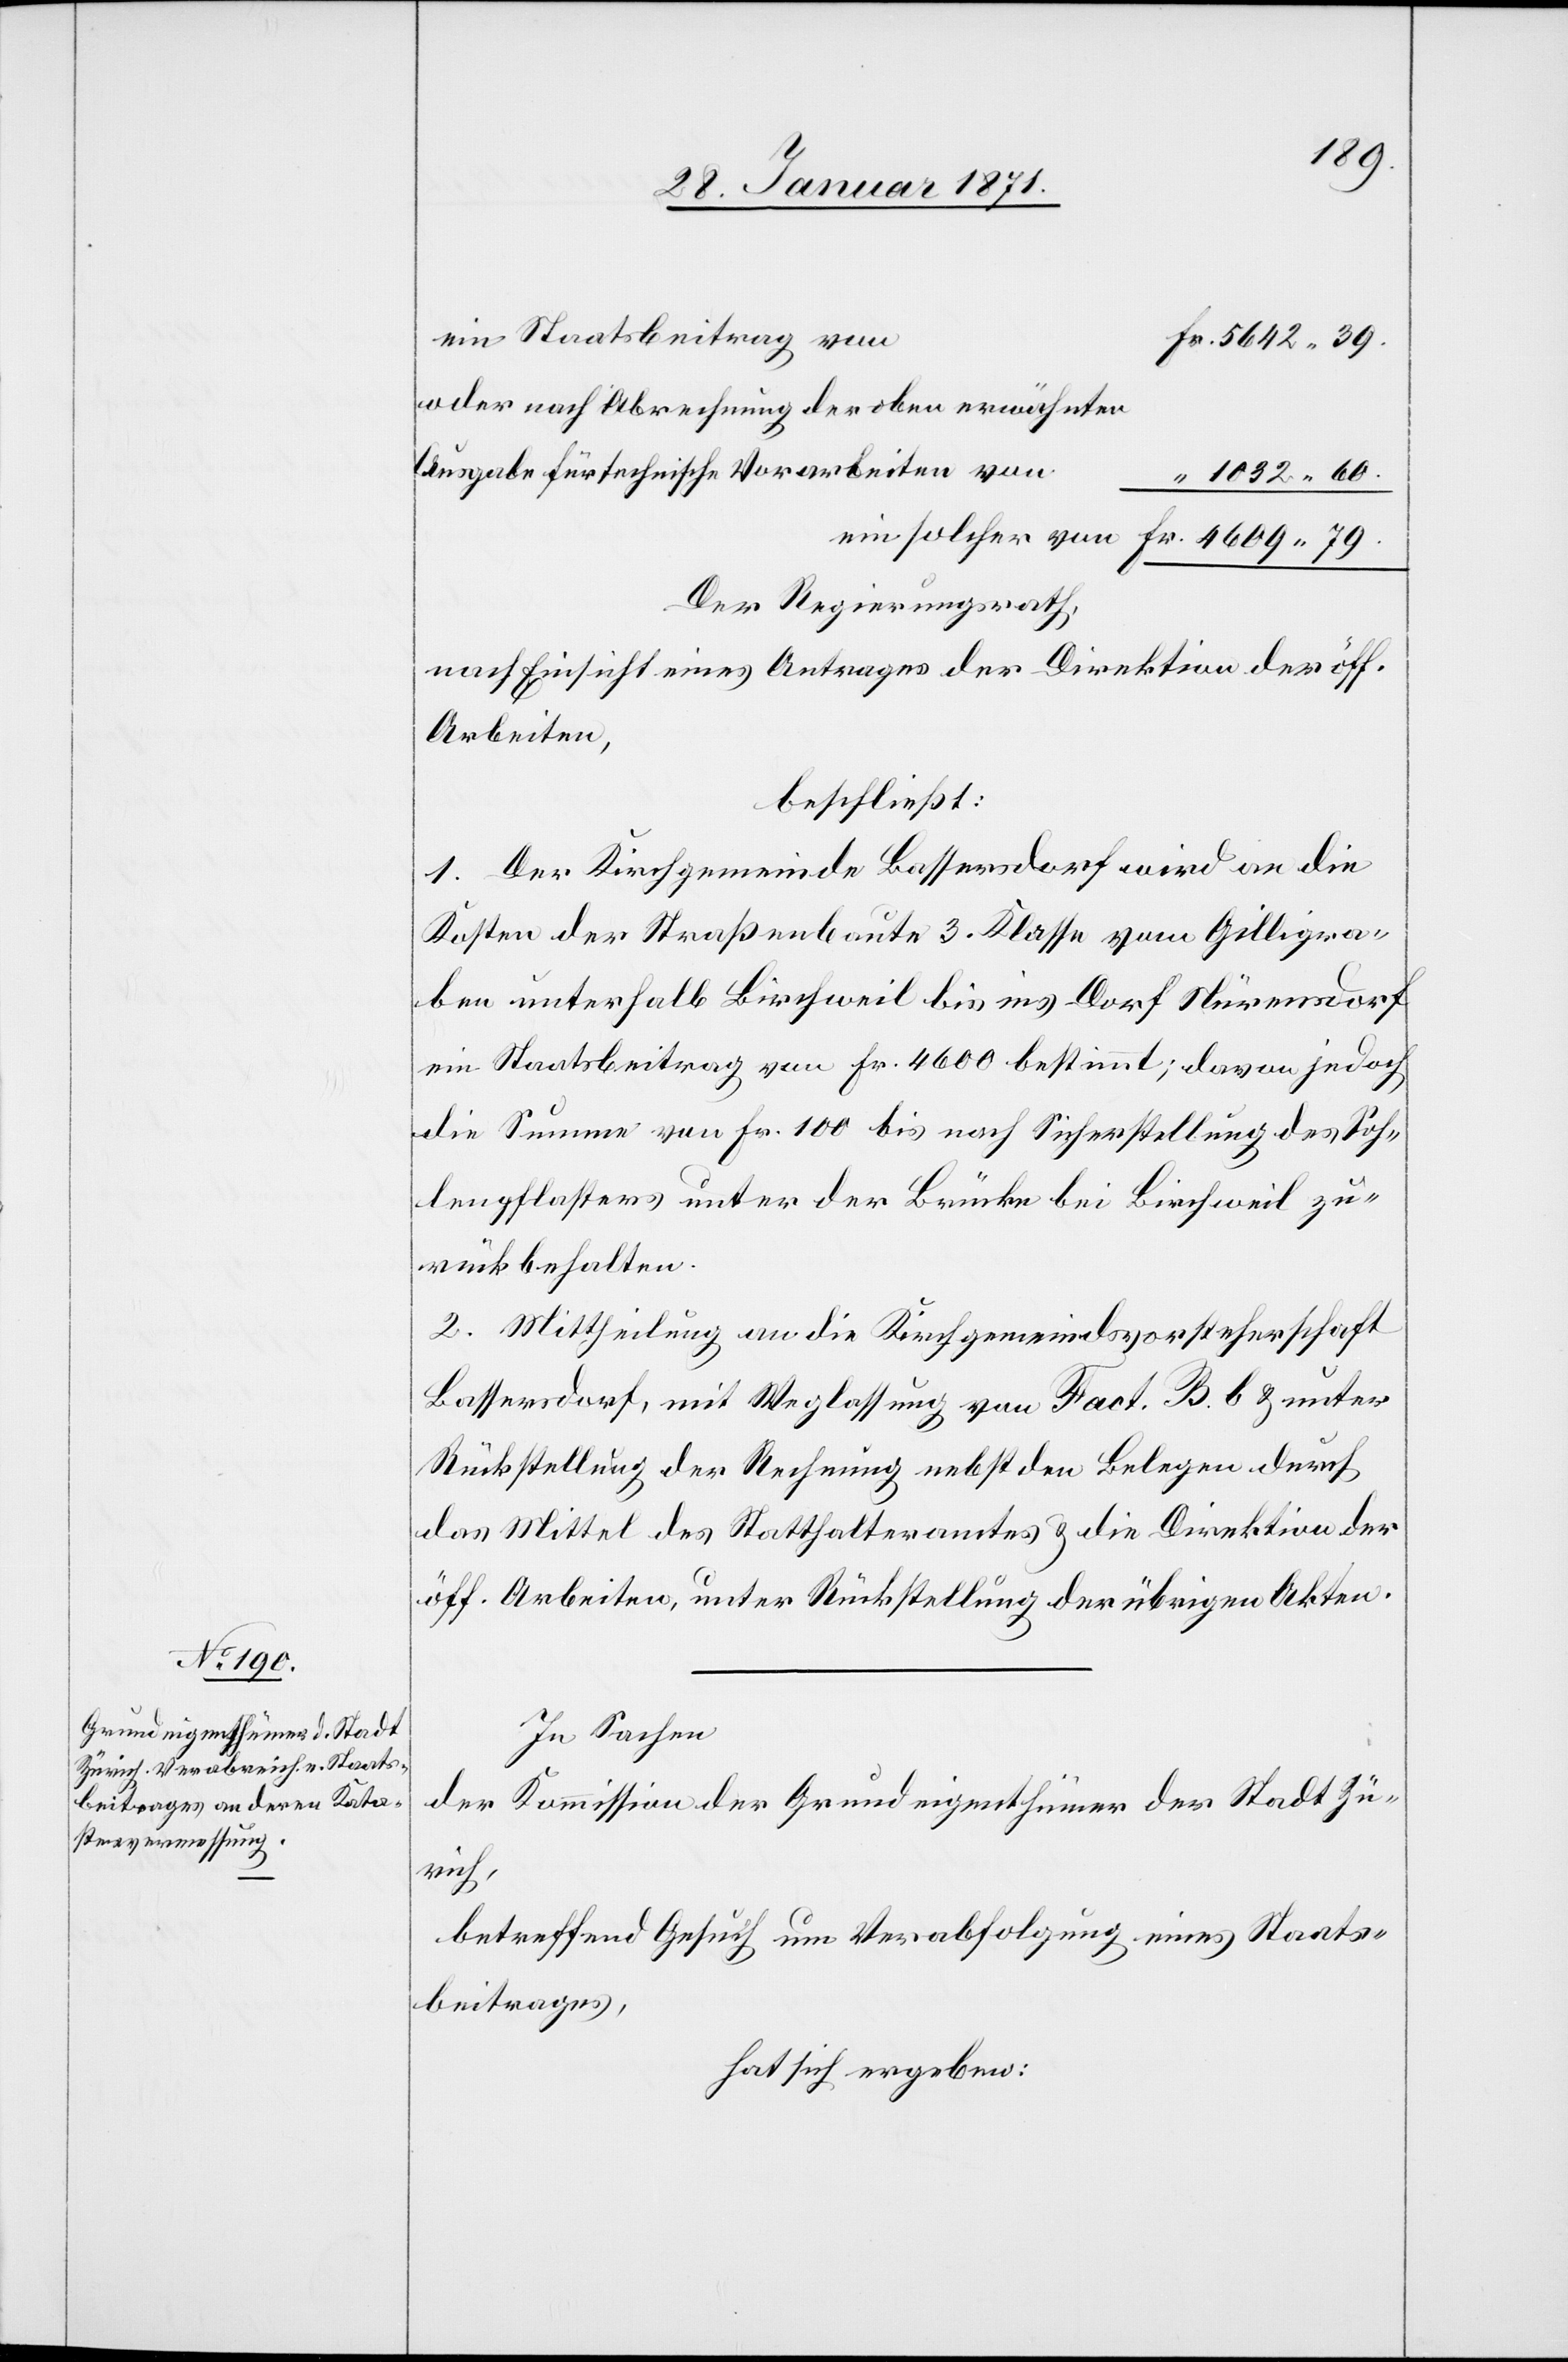
ein Staatsbeitrag von
Fr. 4609.79.
oder nach Abrechnung der oben erwähnten
Ausgaben für technische Vorarbeiten von
“ 1032.60.
Der Regierungsrath,
nach Einsicht eines Antrages der Direktion der öff.
Arbeiten,
beschließt:
1. Der Kirchgemeinde Bassersdorf wird an die
Kosten der Straßenbaute 3. Klasse vom Gilligra¬
ben unterhalb Birchweil bis ins Dorf Nürensdorf
ein Staatsbeitrag von Fr. 4600 bestimmt; davon jedoch
die Summe von Fr. 1000 bis nach Sicherstellung des Soh¬
lenpflasters unter der Brücke bei Birchweil zu¬
rück behalten.
2. Mittheilung an die Kirchgemeindsvorsteherschaft
Bassersdorf, mit Weglassung von Fact. B. b u. unter
Rückstellung der Rechnung nebst den Belegen durch
das Mittel des Statthalteramtes u. die Direktion der
öff. Arbeiten, unter Rückstellung der übrigen Akten.
In Sachen
der Kommission der Grundeigenthümer der Stadt Zü¬
rich,
betreffend Gesuch um Verabfolgung eines Staats¬
beitrages,
hat sich ergeben: